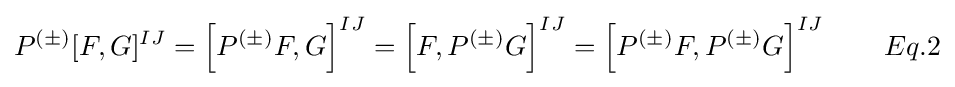
P^{(\pm )}[F,G]^{IJ}=\left[P^{(\pm )}F,G\right]^{IJ}=\left[F,P^{(\pm )}G\right]^{IJ}=\left[P^{(\pm )}F,P^{(\pm )}G\right]^{IJ}\qquad Eq.2